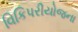
વિકિપરીયોજના